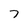
Character: 7